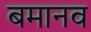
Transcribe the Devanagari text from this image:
बमानव